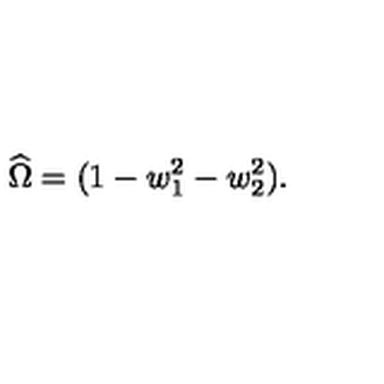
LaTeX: \widehat \Omega = ( 1 - w _ { 1 } ^ { 2 } - w _ { 2 } ^ { 2 } ) .